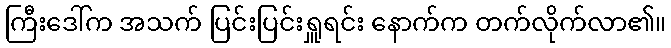
ကြီးဒေါ်က အသက် ပြင်းပြင်းရှူရင်း နောက်က တက်လိုက်လာ၏။